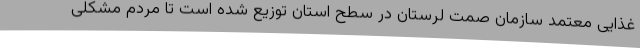
غذایی معتمد سازمان صمت لرستان در سطح استان توزیع شده است تا مردم مشکلی